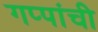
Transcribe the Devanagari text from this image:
गप्पांची